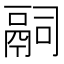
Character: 𬴴